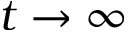
t \to \infty